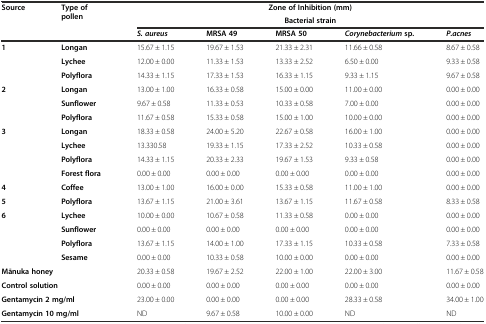
<table><thead><tr><td rowspan="3"><b>Source</b></td><td rowspan="3"><b>Type of pollen</b></td><td colspan="5"><b>Zone of Inhibition (mm)</b></td></tr><tr><td colspan="5"><b>Bacterial strain</b></td></tr><tr><td><b><i>S. aureus</i></b></td><td><b>MRSA 49</b></td><td><b>MRSA 50</b></td><td><b><i>Corynebacterium</i>sp.</b></td><td><b><i>P.acnes</i></b></td></tr></thead><tbody><tr><td rowspan="3"><b>1</b></td><td><b>Longan</b></td><td>15.67 ± 1.15</td><td>19.67 ± 1.53</td><td>21.33 ± 2.31</td><td>11.66 ± 0.58</td><td>8.67 ± 0.58</td></tr><tr><td><b>Lychee</b></td><td>12.00 ± 0.00</td><td>11.33 ± 1.53</td><td>13.33 ± 2.52</td><td>6.50 ± 0.00</td><td>9.33 ± 0.58</td></tr><tr><td><b>Polyflora</b></td><td>14.33 ± 1.15</td><td>17.33 ± 1.53</td><td>16.33 ± 1.15</td><td>9.33 ± 1.15</td><td>9.67 ± 0.58</td></tr><tr><td rowspan="3"><b>2</b></td><td><b>Longan</b></td><td>13.00 ± 1.00</td><td>16.33 ± 0.58</td><td>15.00 ± 0.00</td><td>11.00 ± 0.00</td><td>0.00 ± 0.00</td></tr><tr><td><b>Sunflower</b></td><td>9.67 ± 0.58</td><td>11.33 ± 0.53</td><td>10.33 ± 0.58</td><td>7.00 ± 0.00</td><td>0.00 ± 0.00</td></tr><tr><td><b>Polyflora</b></td><td>11.67 ± 0.58</td><td>15.33 ± 0.58</td><td>15.00 ± 1.00</td><td>10.00 ± 0.00</td><td>0.00 ± 0.00</td></tr><tr><td rowspan="4"><b>3</b></td><td><b>Longan</b></td><td>18.33 ± 0.58</td><td>24.00 ± 5.20</td><td>22.67 ± 0.58</td><td>16.00 ± 1.00</td><td>0.00 ± 0.00</td></tr><tr><td><b>Lychee</b></td><td>13.330.58</td><td>19.33 ± 1.15</td><td>17.33 ± 2.52</td><td>10.33 ± 0.58</td><td>0.00 ± 0.00</td></tr><tr><td><b>Polyflora</b></td><td>14.33 ± 1.15</td><td>20.33 ± 2.33</td><td>19.67 ± 1.53</td><td>9.33 ± 0.58</td><td>0.00 ± 0.00</td></tr><tr><td><b>Forest flora</b></td><td>0.00 ± 0.00</td><td>0.00 ± 0.00</td><td>0.00 ± 0.00</td><td>0.00 ± 0.00</td><td>0.00 ± 0.00</td></tr><tr><td><b>4</b></td><td><b>Coffee</b></td><td>13.00 ± 1.00</td><td>16.00 ± 0.00</td><td>15.33 ± 0.58</td><td>11.00 ± 1.00</td><td>0.00 ± 0.00</td></tr><tr><td><b>5</b></td><td><b>Polyflora</b></td><td>13.67 ± 1.15</td><td>21.00 ± 3.61</td><td>13.67 ± 1.15</td><td>11.67 ± 0.58</td><td>8.33 ± 0.58</td></tr><tr><td rowspan="4"><b>6</b></td><td><b>Lychee</b></td><td>10.00 ± 0.00</td><td>10.67 ± 0.58</td><td>11.33 ± 0.58</td><td>0.00 ± 0.00</td><td>0.00 ± 0.00</td></tr><tr><td><b>Sunflower</b></td><td>0.00 ± 0.00</td><td>0.00 ± 0.00</td><td>0.00 ± 0.00</td><td>0.00 ± 0.00</td><td>0.00 ± 0.00</td></tr><tr><td><b>Polyflora</b></td><td>13.67 ± 1.15</td><td>14.00 ± 1.00</td><td>17.33 ± 1.15</td><td>10.33 ± 0.58</td><td>7.33 ± 0.58</td></tr><tr><td><b>Sesame</b></td><td>0.00 ± 0.00</td><td>10.33 ± 0.58</td><td>10.00 ± 0.00</td><td>0.00 ± 0.00</td><td>0.00 ± 0.00</td></tr><tr><td colspan="2"><b>Mānuka honey</b></td><td>20.33 ± 0.58</td><td>19.67 ± 2.52</td><td>22.00 ± 1.00</td><td>22.00 ± 3.00</td><td>11.67 ± 0.58</td></tr><tr><td colspan="2"><b>Control solution</b></td><td>0.00 ± 0.00</td><td>0.00 ± 0.00</td><td>0.00 ± 0.00</td><td>0.00 ± 0.00</td><td>0.00 ± 0.00</td></tr><tr><td colspan="2"><b>Gentamycin 2 mg/ml</b></td><td>23.00 ± 0.00</td><td>0.00 ± 0.00</td><td>0.00 ± 0.00</td><td>28.33 ± 0.58</td><td>34.00 ± 1.00</td></tr><tr><td colspan="2"><b>Gentamycin 10 mg/ml</b></td><td>ND</td><td>9.67 ± 0.58</td><td>10.00 ± 0.00</td><td>ND</td><td>ND</td></tr></tbody></table>